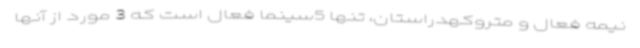
نیمه فعال و متروکهدراستان، تنها 5سینما فعال است که 3 مورد از آنها